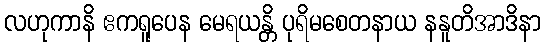
လဟုကာနိ ဧကရူပေန မေရယန္တိ ပုရိမစေတနာယ နနူတိအာဒိနာ